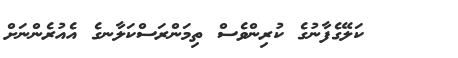
ކަލޭގެފާނުގެ ކުރިންވެސް ތިމަންރަސްކަލާނގެ އެއުރެންނަށް